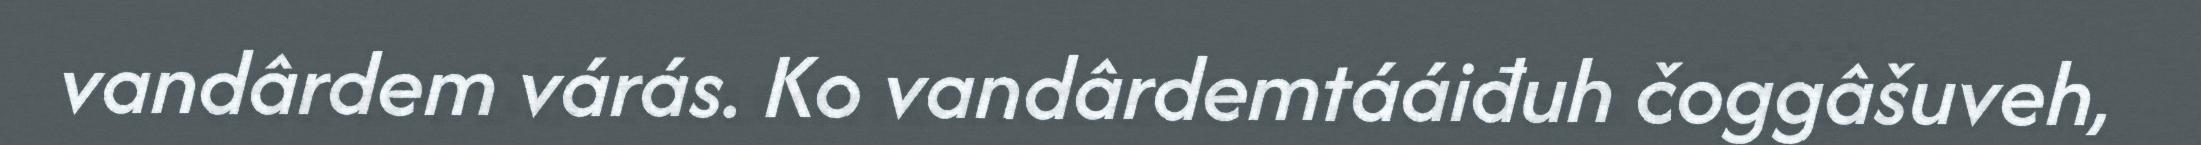
vandârdem várás. Ko vandârdemtááiđuh čoggâšuveh,